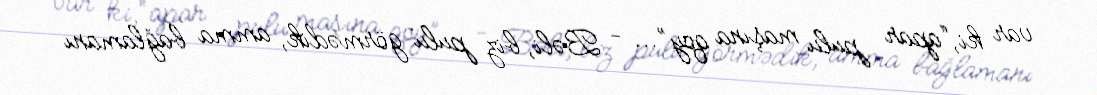
var ki, “apar pulu maşına qoy”... - Bəli, biz pulu görmədik, amma bağlamanı